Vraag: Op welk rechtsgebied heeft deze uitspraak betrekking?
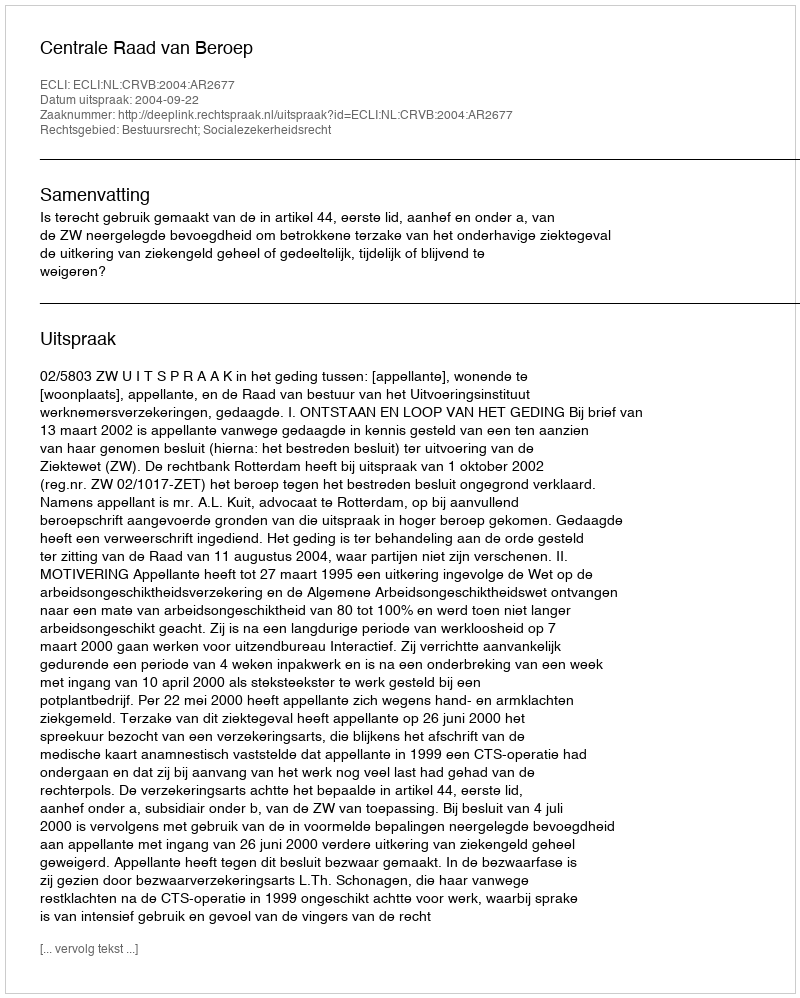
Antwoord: Bestuursrecht; Socialezekerheidsrecht